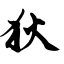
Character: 狄